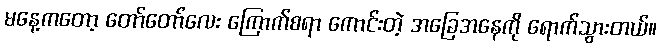
မနေ့ကတော့ တော်တော်လေး ကြောက်စရာ ကောင်းတဲ့ အခြေအနေကို ရောက်သွားတယ်။